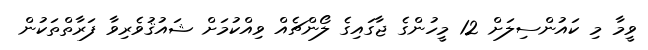
ވީމާ މި ކައުންސިލަށް 12 މީހުންގެ ޖާގައިގެ ލޯންޗެއް ވިއްކުމަށް ޝައުޤުވެރިވާ ފަރާތްތަކުން